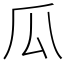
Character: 瓜